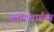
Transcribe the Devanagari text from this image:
ब्लॉगलाईन्स